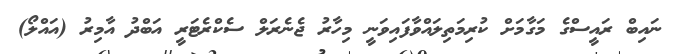
ނައިބް ރައީސްގެ މަގާމަށް ކުރިމަތިލައްވާފައިވަނީ މިހާރު ޖެނެރަލް ސެކްރެޓަރީ އަބްދު އާމިރު (އައްލޯ)